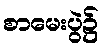
စာမေးပွဲ၌